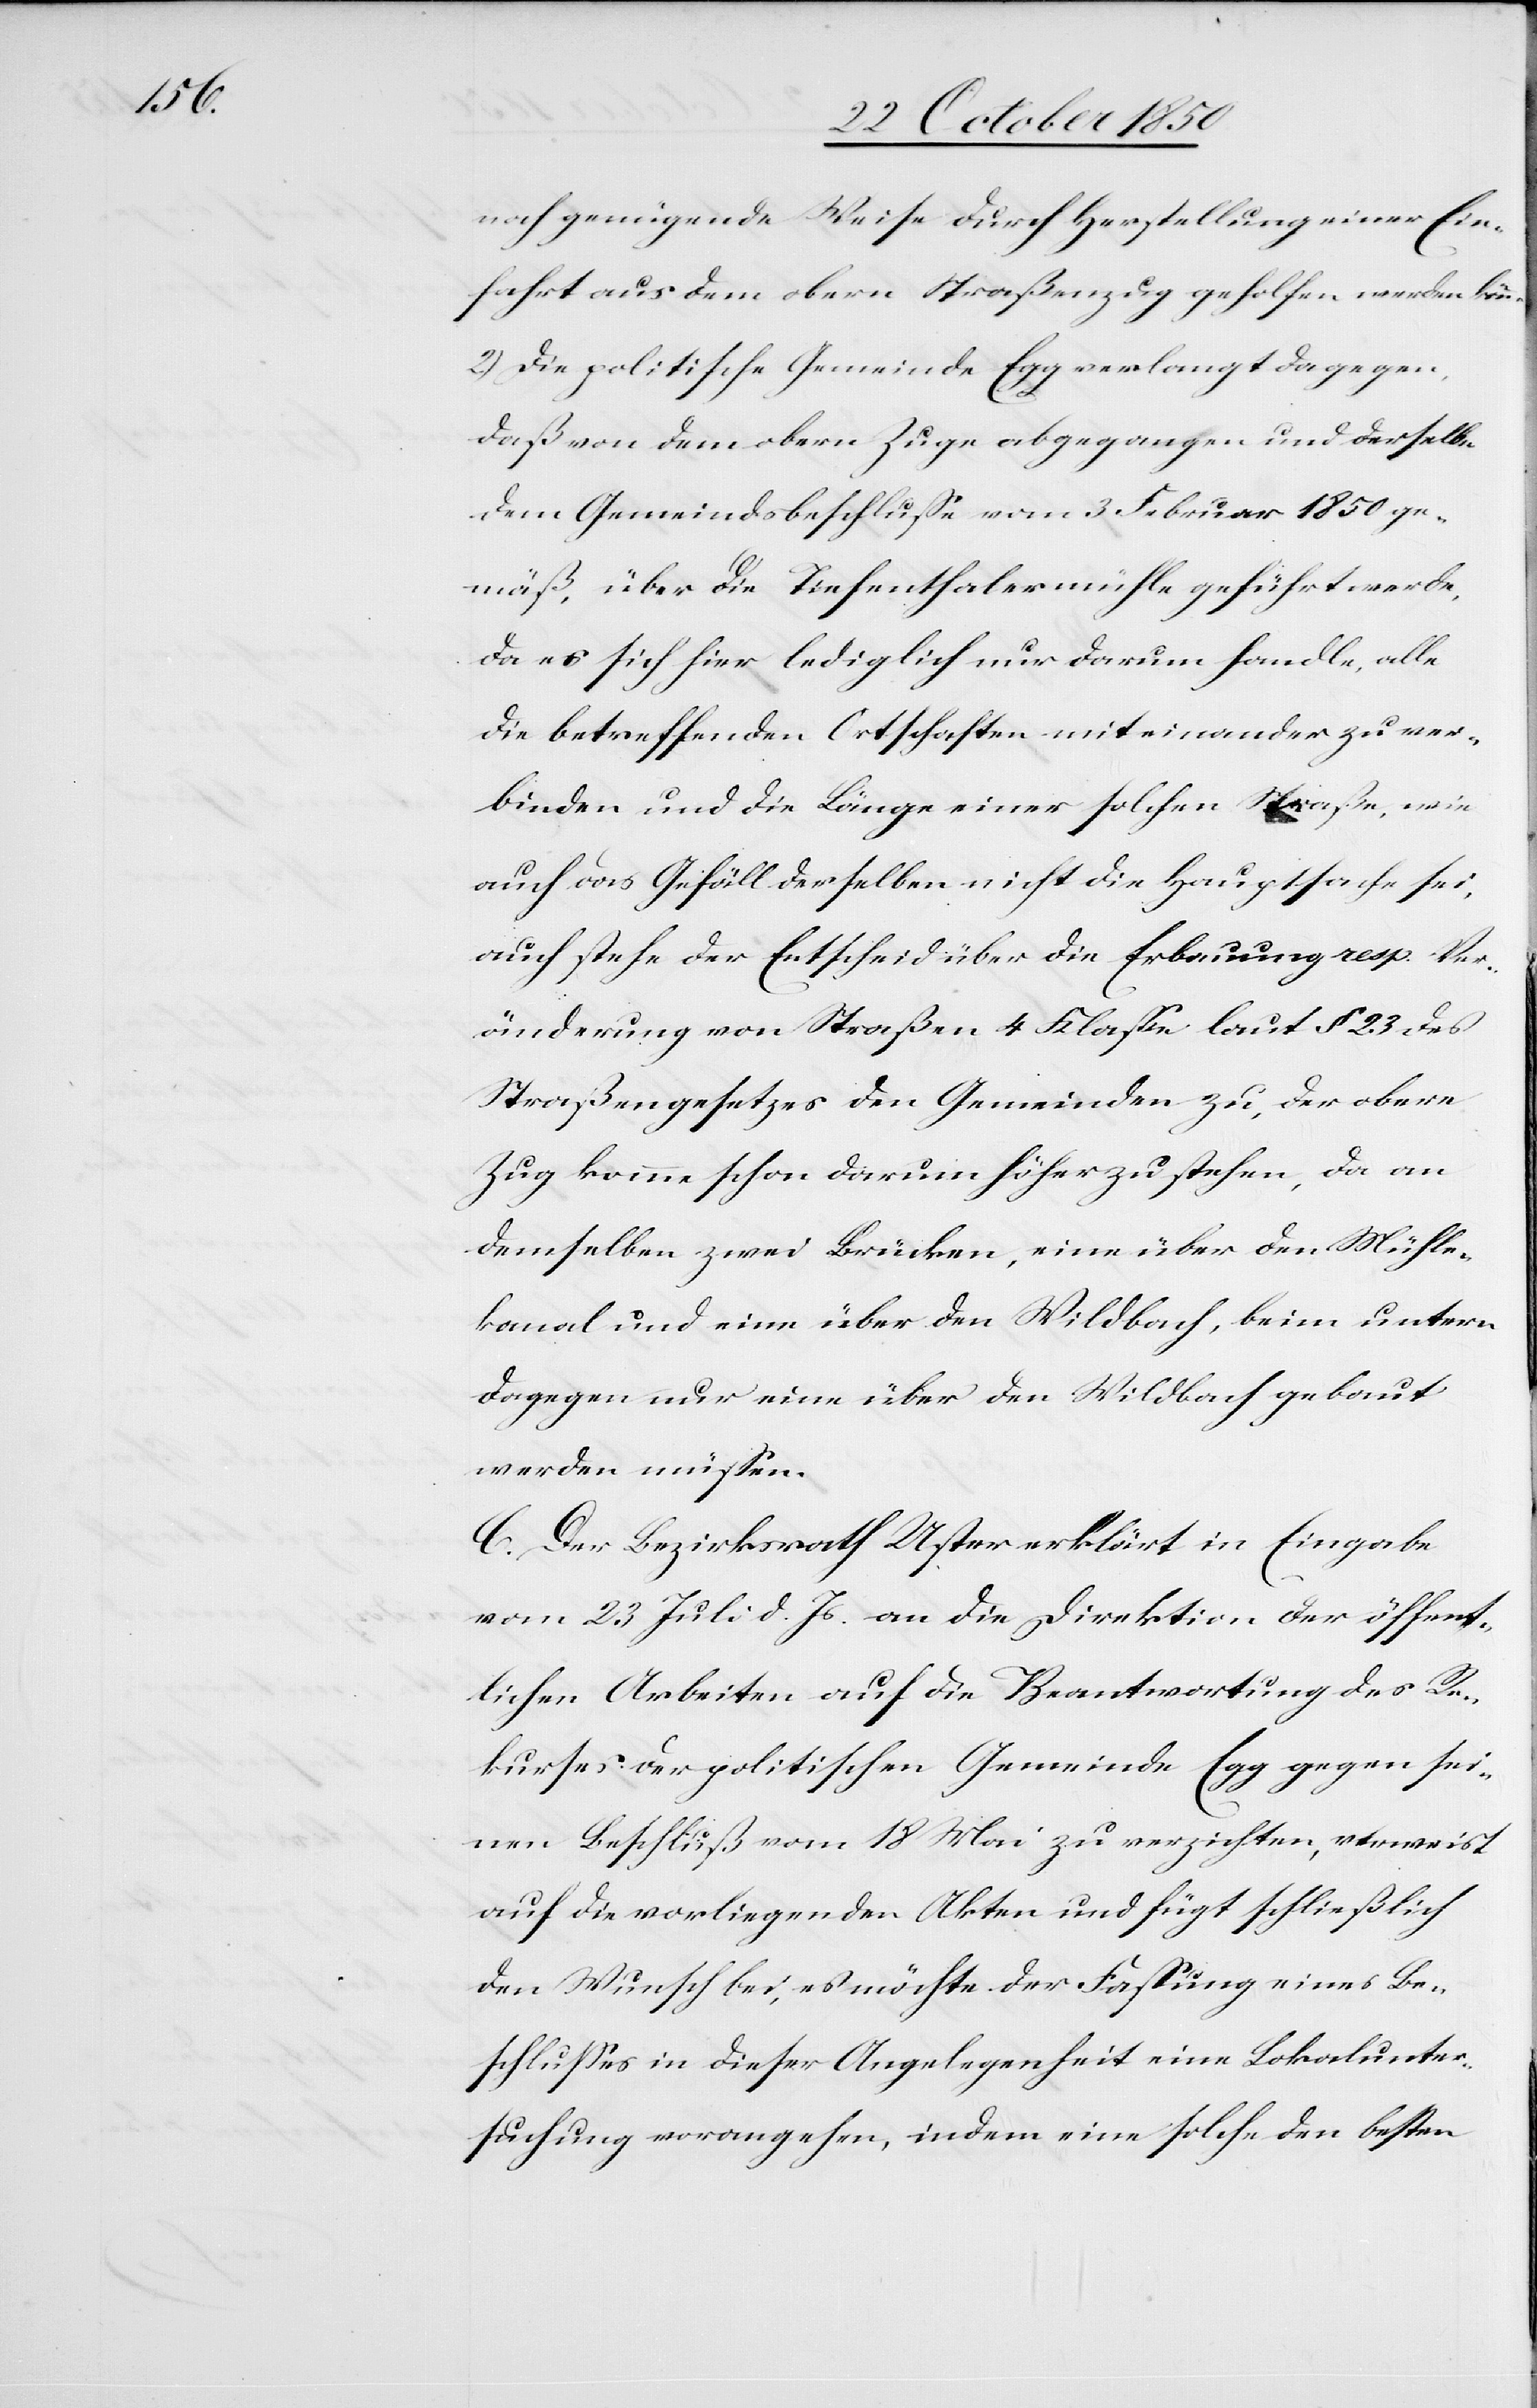
noch genügende Weise durch Herstellung einer Ein¬
fahrt aus dem obern Straßenzug geholfen werden könne.
2.) Die politische Gemeinde Egg verlangt dagegen,
daß von dem obern Zuge abgegangen und derselbe
dem Gemeindsbeschlusse vom 3 Februar 1850 ge¬
mäß, über die Tiefenthalermühle geführt werde,
da es sich hier lediglich nur darum handle, alle
die betreffenden Ortschaften mit einander zu ver¬
binden und die Länge einer solchen Straße, wie
auch das Gefäll derselben nicht die Hauptsache sei,
auch stehe der Entscheid über die Erbauung resp. Ver¬
änderung von Straßen 4 Klasse laut § 23 des
Straßengesetzes den Gemeinden zu, der obere
Zug komme schon darum höher zu stehen, da an
demselben zwei Brücken, eine über den Mühle¬
kanal und eine über den Wildbach, beim untern
dagegen nur eine über den Wildbach gebaut
werden müssen.
C. Der Bezirksrath Uster erklärt in Eingabe
vom 23 Juli d. Js. an die Direktion der öffent¬
lichen Arbeiten auf die Beantwortung des Re¬
kurses der politischen Gemeinde Egg gegen sei¬
nen Beschluß vom 18 Mai zu verzichten, verweist
auf die vorliegenden Akten und fügt schließlich
den Wunsch bei, es möchte der Fassung eines Be¬
schlusses in dieser Angelegenheit eine Lokalunter¬
suchung vorangehen, indem eine solche den besten